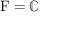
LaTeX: \operatorname { F } = \mathbb { C }